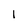
Character: 1